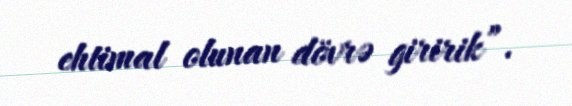
ehtimal olunan dövrə giririk”.